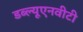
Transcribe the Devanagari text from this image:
डब्ल्यूएनवीटी